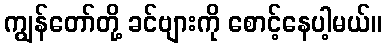
ကျွန်တော်တို့ ခင်ဗျားကို စောင့်နေပါ့မယ်။